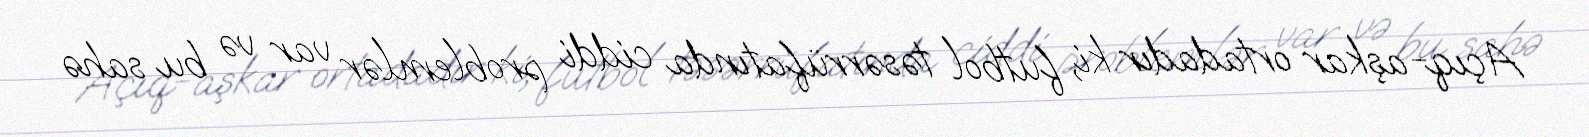
Açıq-aşkar ortadadır ki, futbol təsərrüfatında ciddi problemlər var və bu sahə